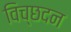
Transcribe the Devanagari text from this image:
विच्छदन